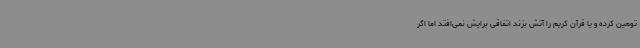
توهین کرده و یا قرآن کریم را آتش بزند اتفاقی برایش نمی‌افتد اما اگر